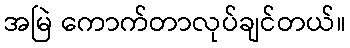
အမြဲ ကောက်တာလုပ်ချင်တယ်။